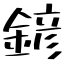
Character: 𨩱